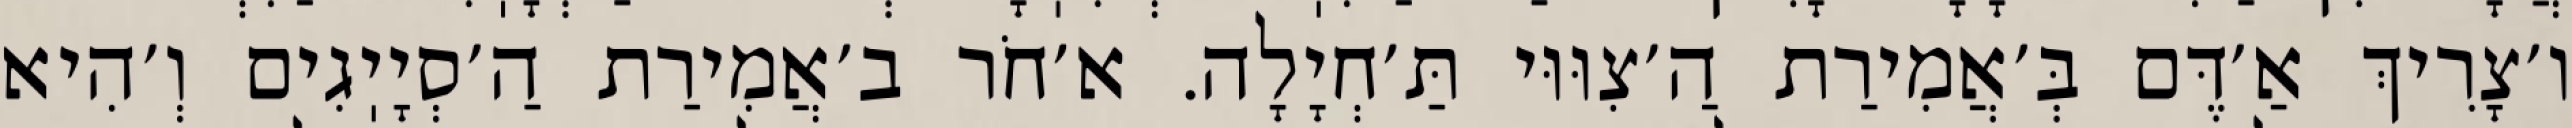
ו׳צָרִיךְ אַ׳דֶּם בְּ׳אֲמִירַת הַ׳צִוּוּי תַּ׳חְיָלָה. א׳חֹר ב׳אֲמִירַת הַ׳סְיָיֽגִים וְ׳הִיא